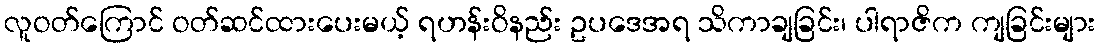
လူဝတ်ကြောင် ဝတ်ဆင်ထားပေးမယ့် ရဟန်းဝိနည်း ဥပဒေအရ သိကာချခြင်း၊ ပါရာဇိက ကျခြင်းများ